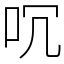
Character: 㕴